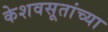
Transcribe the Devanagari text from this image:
केशवसूतांच्या